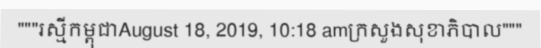
"""រស្មីកម្ពុជាAugust 18, 2019, 10:18 amក្រសួងសុខាភិបាល"""